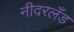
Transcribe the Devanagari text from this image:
नीदरलँड